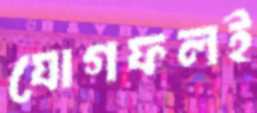
যোগফলই